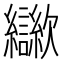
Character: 㱍